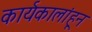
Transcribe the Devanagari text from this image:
कार्यकालांहून